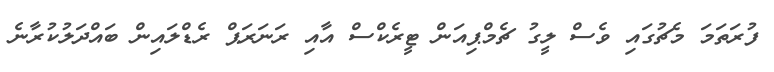
ފުރަތަމަ މެޗުގައި ވެސް ލީގު ޗެމްޕިއަން ޓީރެކްސް އާއި ރަނަރަޕް ރެޑްލައިން ބައްދަލުކުރާނެ